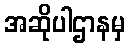
အဆိုပါဌာနမှ